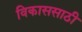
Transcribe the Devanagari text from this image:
विकाससाठी